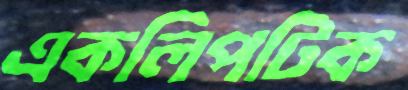
একলিপটিক